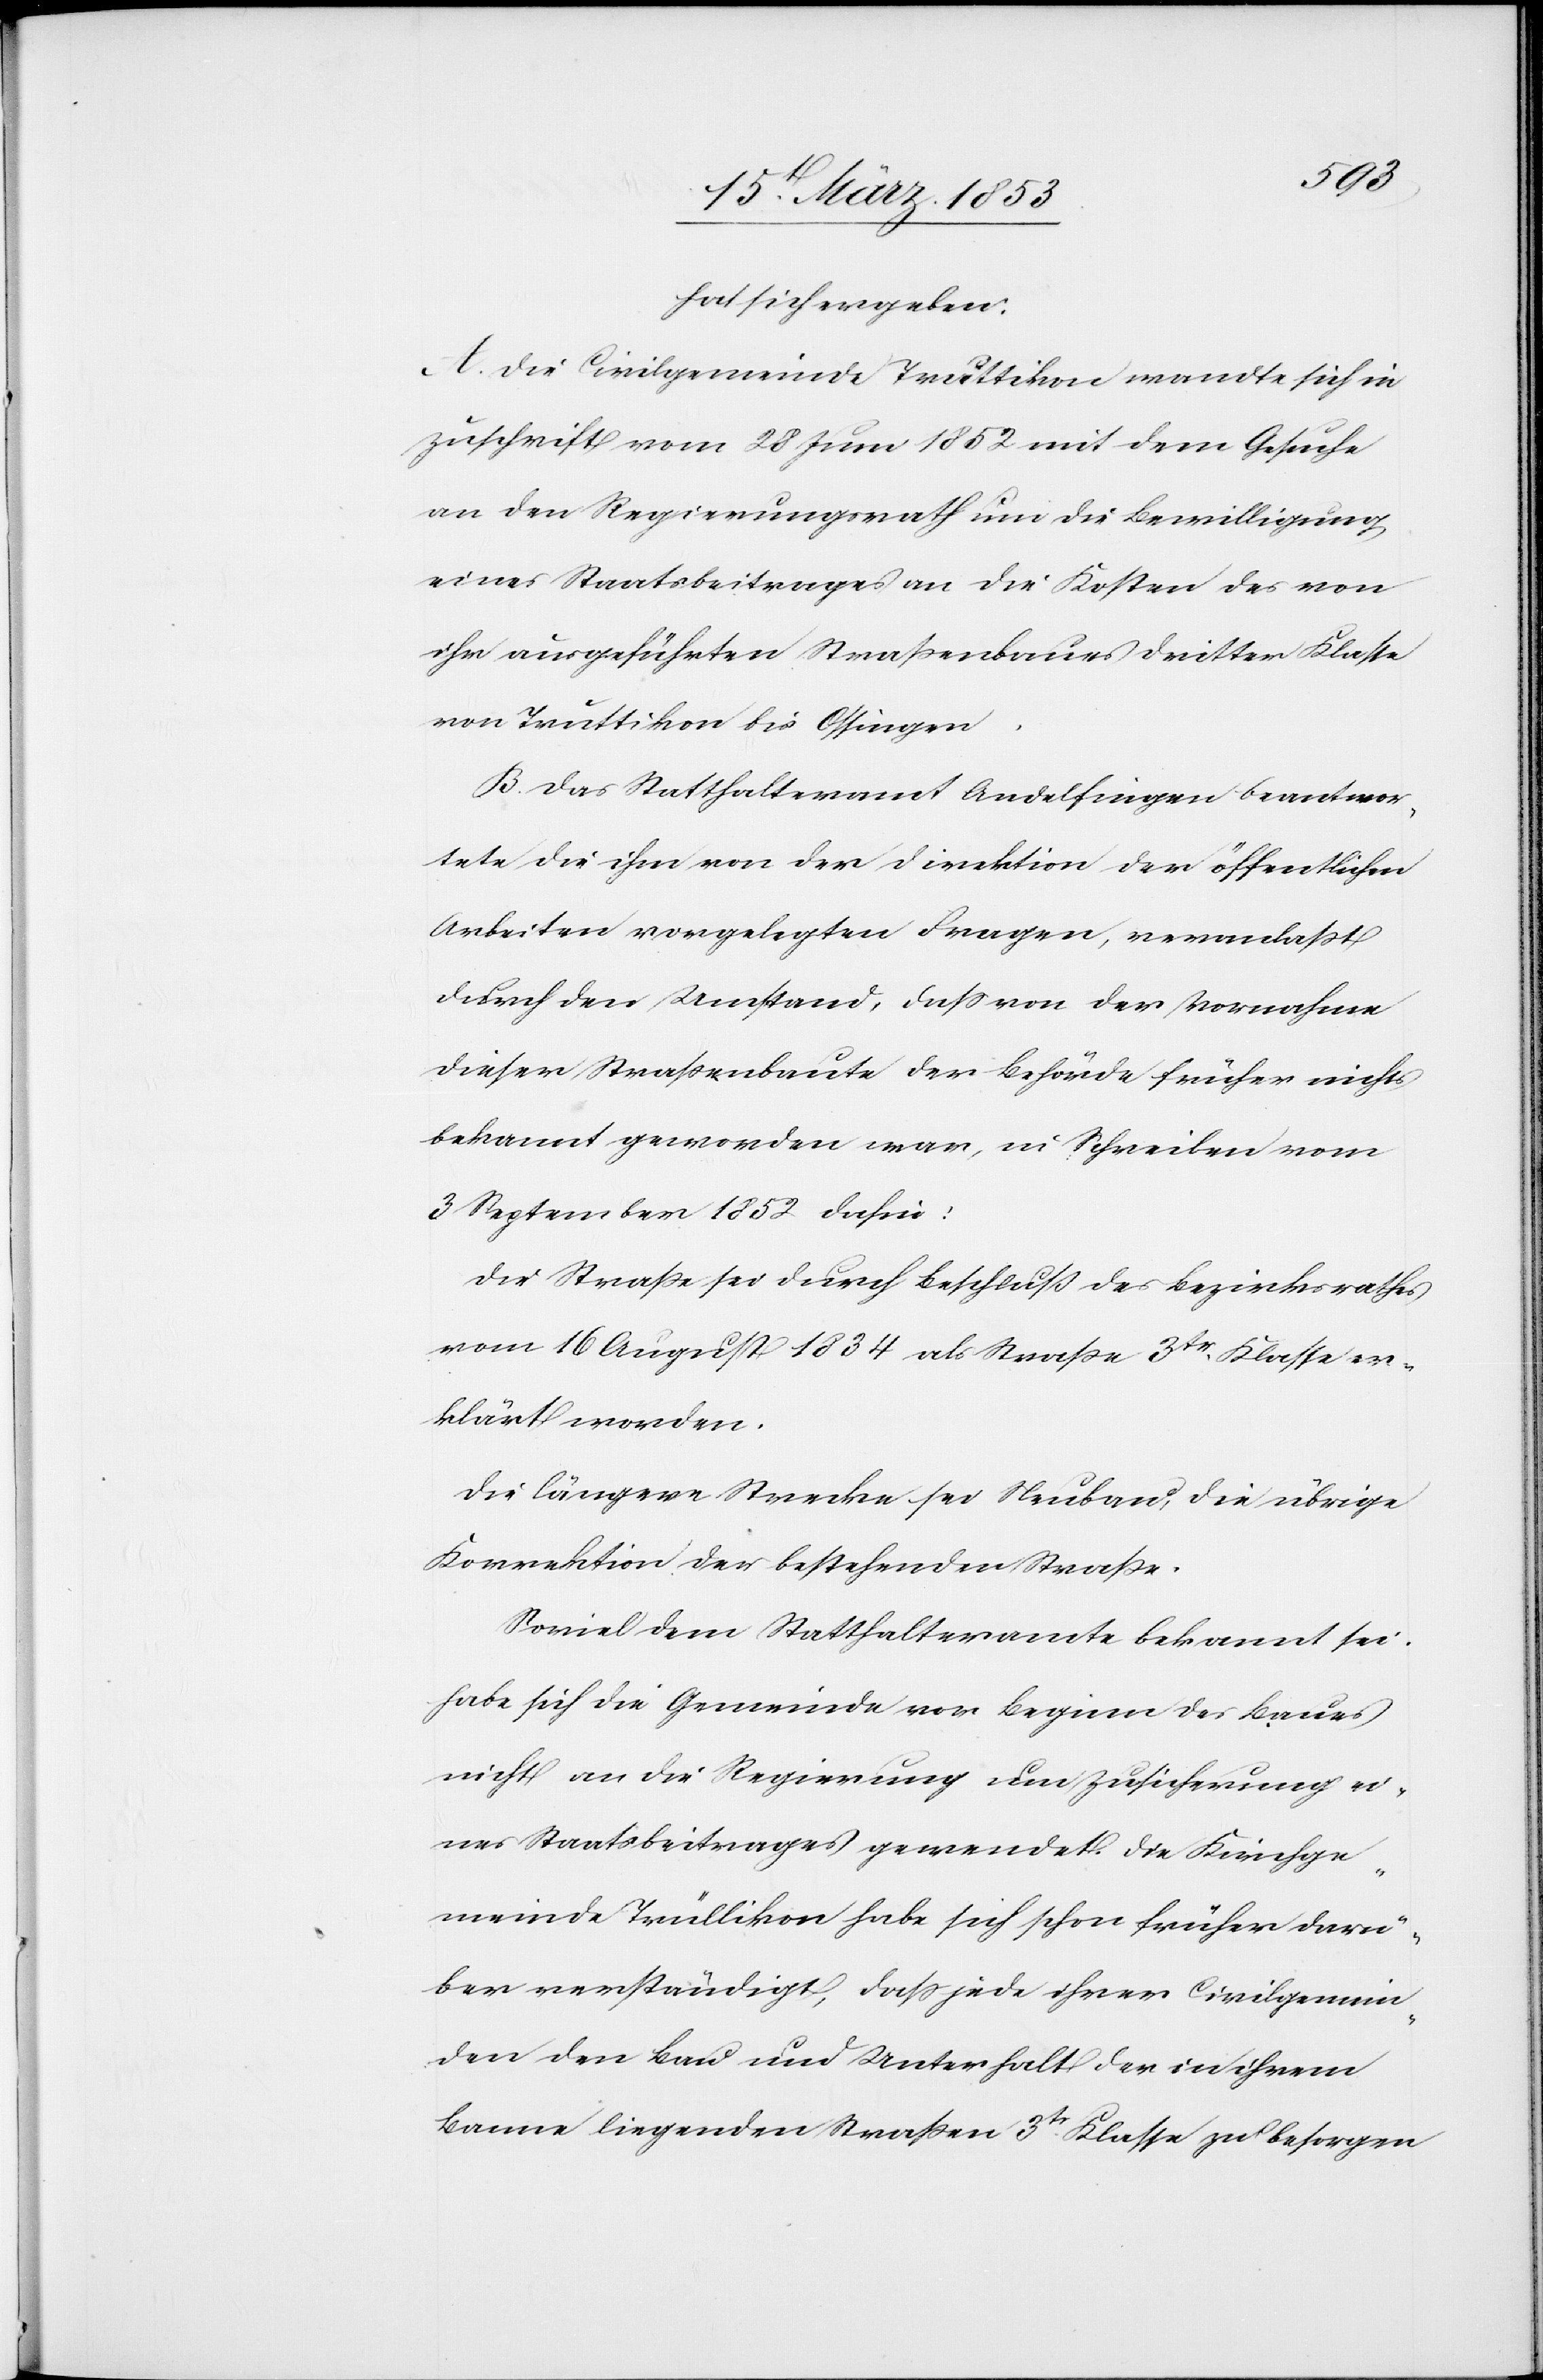
hat sich ergeben:
A. Die Civilgemeinde Truttikon wandte sich in
Zuschrift vom 28 Juni 1852 mit dem Gesuche
an den Regierungsrath um die Bewilligung
eines Staatsbeitrages an die Kosten des von
ihr ausgeführten Straßenbaues dritter Klasse
von Truttikon bis Ossingen.
B. Das Statthalteramt Andelfingen beantwor¬
tete die ihm von der Direktion der öffentlichen
Arbeiten vorgelegten Fragen, veranlaßt
durch den Umstand, daß von der Vornahme
dieser Straßenbaute der Behörde früher nichts
bekannt geworden war, im Schreiben vom
3 September 1852 dahin:
Die Straße sei durch Beschluß des Bezirksrathes
vom 16 August 1834 als Straße 3tr. Klasse er¬
klärt worden.
Die längere Strecke sei Neubau, die übrige
Korrektion der bestehenden Straße.
Soviel dem Statthalteramte bekannt sei,
habe sich die Gemeinde vor Beginn des Baues
nicht an die Regierung um Zusicherung ei¬
nes Staatsbeitrages gewendet die Kirchge¬
meinde Trüllikon habe sich schon früher darü¬
ber verständigt, daß jede ihrer Civilgemein¬
den den Bau und Unterhalt der in ihrem
Banne liegenden Straßen 3tr. Klasse zu besorgen